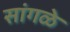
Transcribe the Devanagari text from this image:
सांगळे